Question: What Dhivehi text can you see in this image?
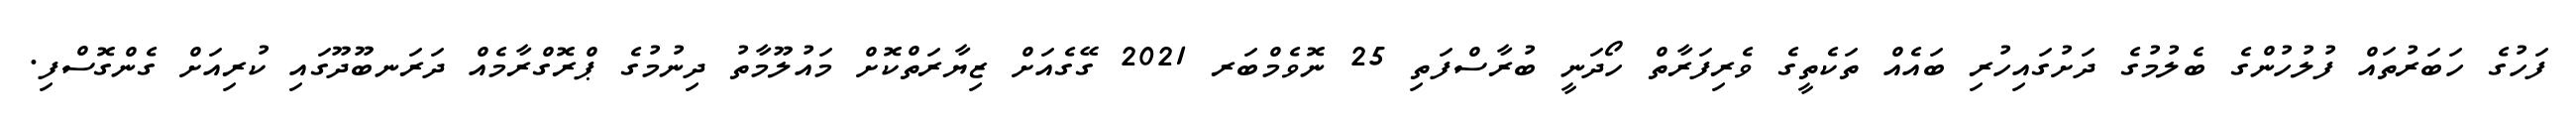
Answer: ފަހުގެ ހަބަރުތައް ފުލުހުންގެ ބެލުމުގެ ދަށުގައިހުރި ބައެއް ތަކެތީގެ ވެރިފަރާތް ހޯދަނީ ބުރާސްފަތި 25 ނޮވެމްބަރ 2021 ގޭގެއަށް ޒިޔާރަތްކޮށް މައުލޫމާތު ދިނުމުގެ ޕްރޮގްރާމެއް ދަރަނބޫދޫގައި ކުރިއަށް ގެންގޮސްފި.